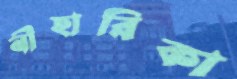
নীহারিকা